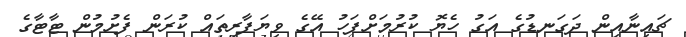
ޗައިނާއިން ދަގަނޑުގެ އަގު ހެޔޮ ކުރުމަށްފަހު އޭގެ ވިޔަފާރިތައް ކުރަން ފެށުމުން ޓާޓާގެ